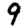
Digit: 9